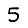
Digit: 5